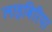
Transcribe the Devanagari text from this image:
लाइबिरिया